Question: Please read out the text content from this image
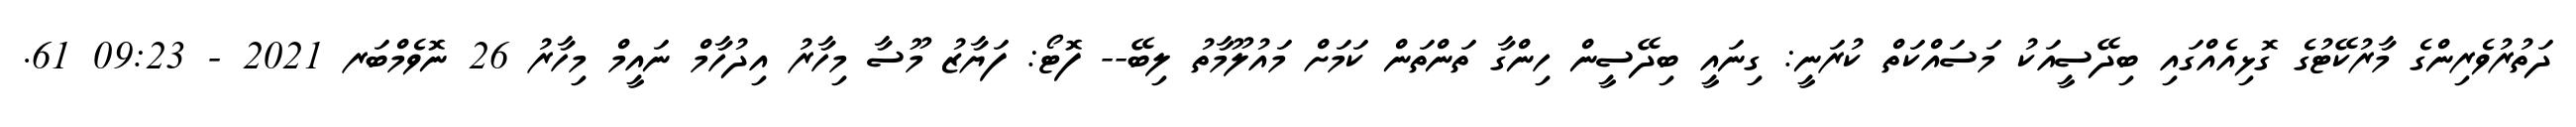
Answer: ދަތުރުވެރިންގެ މާރުކޭޓުގެ ގޮޅިއެއްގައި ބިދޭސީއަކު މަސައްކަތް ކުރަނީ: ގިނައީ ބިދޭސީން ހިންގާ ތަންތަން ކަމަށް މައުލޫމާތު ލިބޭ-- ފޮޓޯ: ފަޔާޒު މޫސާ މިހާރު އިދުހާމް ނައީމް މިހާރު 26 ނޮވެމްބަރ 2021 - 09:23 61.